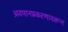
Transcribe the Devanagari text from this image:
अवमानप्रकरणावरून